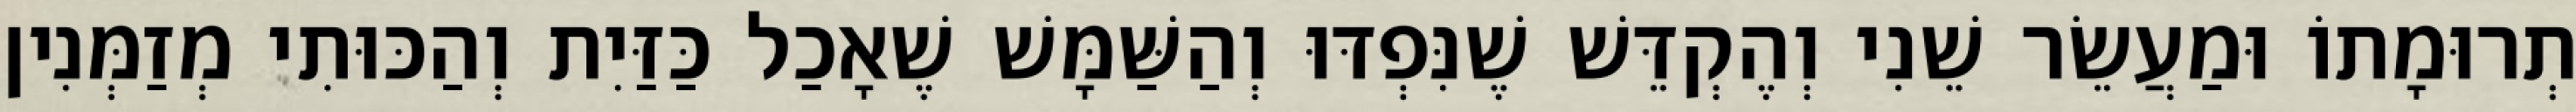
תְרוּמָתוֹ וּמַעֲשֵׂר שֵׁנִי וְהֶקְדֵּשׁ שֶׁנִּפְדּוּ וְהַשַּׁמָּשׁ שֶׁאָכַל כַּזַּיִת וְהַכּוּתִי מְזַמְּנִין